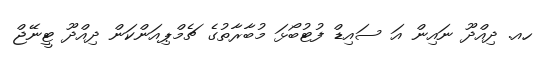
ހއ. ދިއްދޫ ނައިން އަ ސައިޑް ފުޓުބޯޅަ މުބާރާތުގެ ޗެމްޕިއަންކަން ދިއްދޫ ޓީނޭޖް